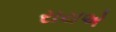
રાયએ